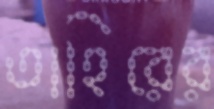
তাহিরের